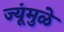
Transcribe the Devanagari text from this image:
ज्यूंमुळे